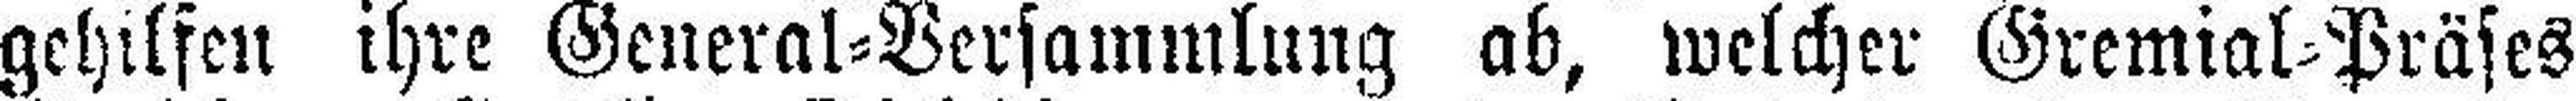
gehilfen ihre General=Versammlung ab, welcher Gremial=Präses